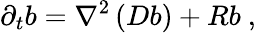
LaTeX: \partial_{t}b=\nabla^{2}\left(Db\right)+Rb\ ,